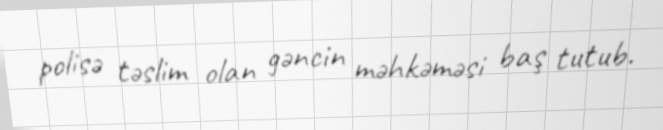
polisə təslim olan gəncin məhkəməsi baş tutub.